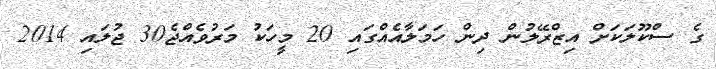
ގެ ސްކޫލަކަށް އިޒްރޭލުން ދިން ހަމަލާއެއްގައި 20 މީހަކު މަރުވެއްޖެ30 ޖުލައި 2014